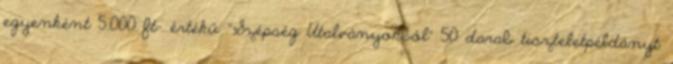
egyenként 5.000 ft- értékű “Szépség Utalványokból” 50 darab tiszteletpéldányt